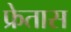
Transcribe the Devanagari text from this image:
फ्रेतास